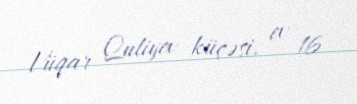
Vüqar Quliyev küçəsi, ev 16